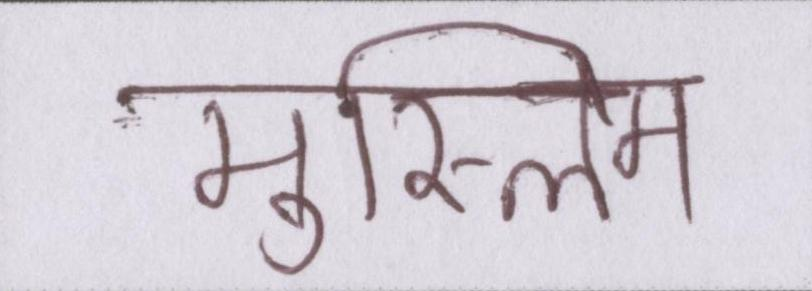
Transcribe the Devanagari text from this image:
मुस्लिम